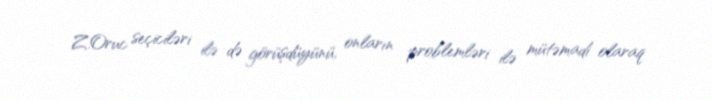
Z.Oruc seçiciləri ilə də görüşdüyünü, onların problemləri ilə mütəmadi olaraq